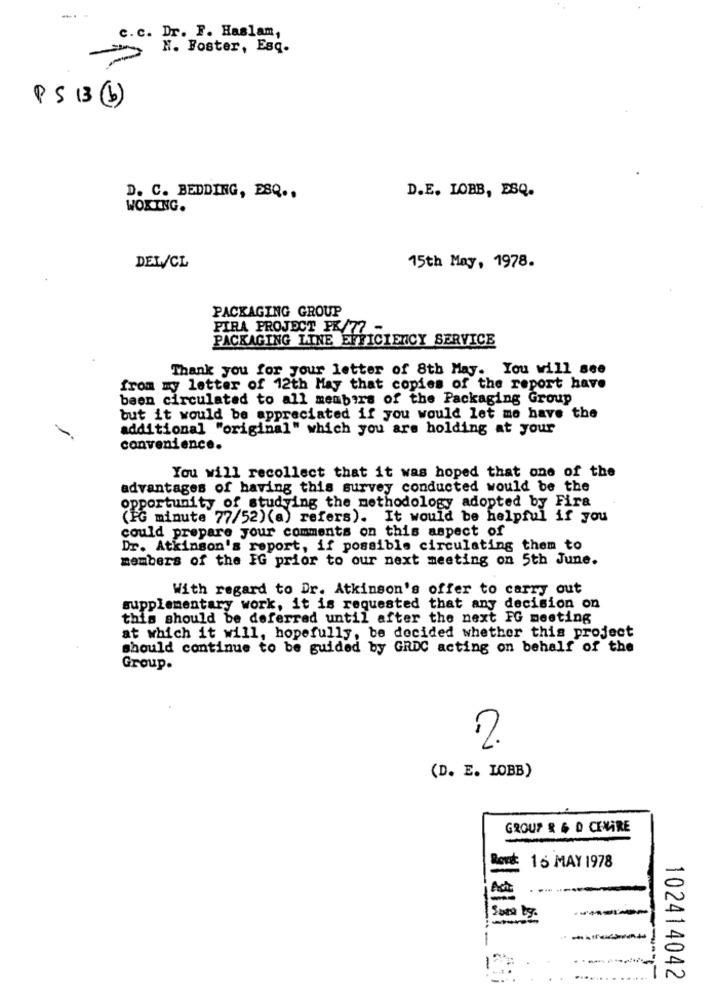
c. c. Dr. F. Haslam,
N. Foster, Esq.
PS 13(b)
D.E. LOBB, ESQ.
D. C. BEDDING, ESQ ..
WOKING.
DEL/CL
15th May, 1978.
PACKAGING GROUP
PIRA PROJECT PK/77 -
PACKAGING LINE EFFICIENCY SERVICE
Thank you for your letter of 8th May. You will see
from myy letter of 12th May that copies of the report have
been circulated to all members of the Packaging Group
but it would be appreciated if you would let me have the
additional "original" which you are holding at your
convenience.
You will recollect that it was hoped that one of the
advantages of having this survey conducted would be the
opportunity of studying the methodology adopted by Fira
(PG minute 77/52)(a) refers). It would be helpful if you
could prepare your comments on this aspect of
Dr. Atkinson's report, if possible circulating them to
members of the IG prior to our next meeting on 5th June.
With regard to Dr. Atkinson's offer to carry out
supplementary work, it is requested that any decision on
this should be deferred until after the next FG meeting
at which it will, hopefully, be decided whether this project
should continue to be guided by GRDC acting on behalf of the
Group.
2.
(D. E. LOBB)
GROUP & $ D CENARE
15 MAY 1978
Sort by.
102414042